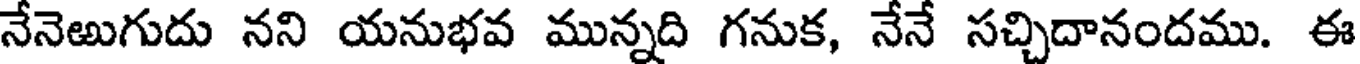
నేనెఱుగుదు నని యనుభవ మున్నది గనుక, నేనే సచ్చిదానందము. ఈ